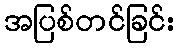
အပြစ်တင်ခြင်း